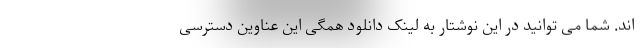
اند. شما می توانید در این نوشتار به لینک دانلود همگی این عناوین دسترسی